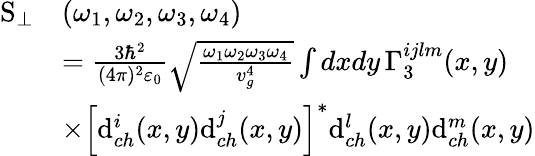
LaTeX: \begin{array}{rl}{\mathrm{S}_{\perp}}&{(\omega_{1},\omega_{2},\omega_{3},\omega_{4})}\\ &{=\frac{3\hbar^{2}}{(4\pi)^{2}\varepsilon_{0}}\sqrt{\frac{\omega_{1}\omega_{2}\omega_{3}\omega_{4}}{v_{g}^{4}}}\int dxdy\, \Gamma_{3}^{ijlm}(x,y)}\\ &{\times\left[\mathrm{d}_{ch}^{i}(x,y)\mathrm{d}_{ch}^{j}(x,y)\right]^{*}\mathrm{d}_{ch}^{l}(x,y)\mathrm{d}_{ch}^{m}(x,y)}\end{array}